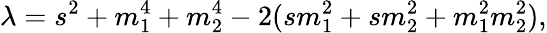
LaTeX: \lambda=s^{2}+m_{1}^{4}+m_{2}^{4}-2(sm_{1}^{2}+sm_{2}^{2}+m_{1}^{2}m_{2}^{2}),